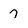
Character: 7